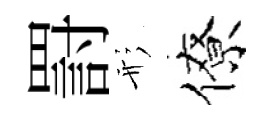
罸形僚